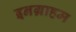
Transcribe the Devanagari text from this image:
इनग्राहम